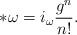
LaTeX: \begin{align*}*\omega=i_{\omega}\frac{g^n}{n!}.\end{align*}